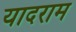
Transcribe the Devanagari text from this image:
यादराम